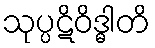
သုပ္ပဋိဝိဒ္ဓါတိ